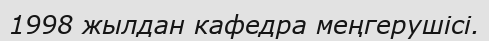
1998 жылдан кафедра меңгерушісі.